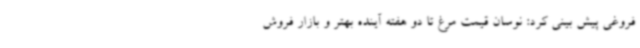
فروغی پیش بینی کرد: نوسان قیمت مرغ تا دو هفته آینده بهتر و بازار فروش